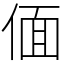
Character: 偭